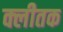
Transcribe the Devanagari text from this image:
क्लीतक